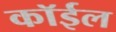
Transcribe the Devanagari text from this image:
कॉईल